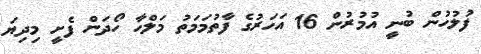
ފުލުހުން ބުނީ އުމުރުން 16 އަހަރުގެ ފާތުމަމަތު މަލްހާ ހޯދަން ފެށީ މިދިޔަ